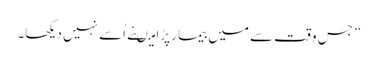
”جس وقت سے میں بیمار پڑا میںنے اُسے نہیں دیکھا۔